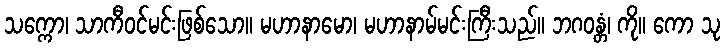
သက္ကော၊ သာကီဝင်မင်းဖြစ်သော။ မဟာနာမော၊ မဟာနာမ်မင်းကြီးသည်။ ဘဂဝန္တံ၊ ကို။ ကော သု